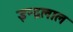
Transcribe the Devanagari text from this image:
इन्द्रलाल